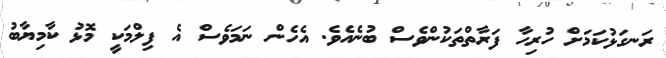
ރަނގަޅުކަމަށް ހުރިހާ ފަރާތްތަކުންވެސް ބުނެއެވެ. އެހެން ނަމަވެސް އެ ފިލްމަކީ މޮޅު ކާމިޔާބު